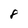
Character: 8